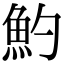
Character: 魡